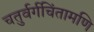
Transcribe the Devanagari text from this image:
चतुर्वर्गचिंतामणि